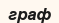
граф